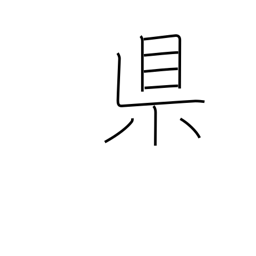
Meaning: prefecture